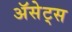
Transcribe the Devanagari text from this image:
ॲसेट्स